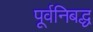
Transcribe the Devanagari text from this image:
पूर्वनिबद्ध